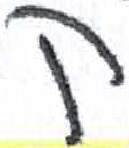
אות: ק